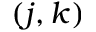
( j , k )